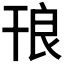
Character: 𭙃